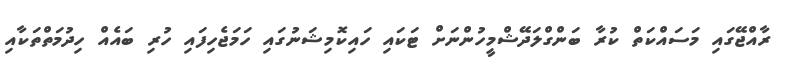
ރާއްޖޭގައި މަސައްކަތް ކުރާ ބަންގްލަދޭޝްމީހުންނަށް ޓަކައި ހައިކޮމިޝަނުގައި ހަމަޖެހިފައި ހުރި ބައެއް ހިދުމަތްތަކާއި